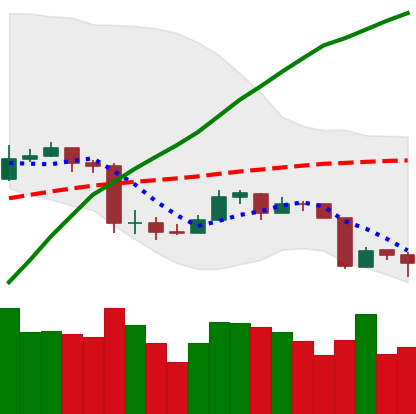
Ticker: ETC-USD
Chart end date: 2020-03-11
Forward return: -32.359%
Label: down_7plus